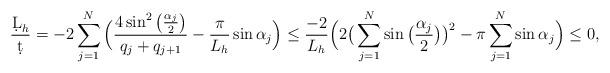
LaTeX: \begin{align*}\frac{\d L_h}{\d t}&=-2\sum\limits_{j=1}^N\Big(\frac{4\sin^2\big(\frac{\alpha_j }{2} \big)}{q_j+q_{j+1}}-\frac{\pi}{L_h}\sin\alpha_j \Big)\le\frac{-2}{L_h}\Big(2 \big(\sum_{j=1}^N\sin\big( \frac{\alpha_j }{2}\big)\big)^{2}-\pi \sum_{j=1}^N\sin\alpha_j\Big)\le 0,\end{align*}